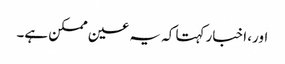
اور، اخبار کہتا کہ یہ عین ممکن ہے۔